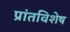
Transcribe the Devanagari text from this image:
प्रांतविशेष